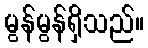
မွန်မွန်ရှိသည်။